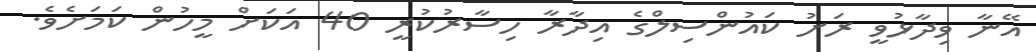
އޭނާ ވިދާޅުވީ ރަށު ކައުންސިލްގެ އިދާރާ ހިސާރުކުރީ 40 އަކަށް މީހުން ކަމަށެވެ.